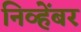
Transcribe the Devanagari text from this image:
निव्हेंबर